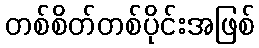
တစ်စိတ်တစ်ပိုင်းအဖြစ်